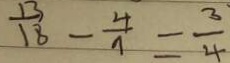
\frac { 1 3 } { 1 8 } - \frac { 4 } { 9 } = \frac { 3 } { 4 }